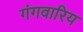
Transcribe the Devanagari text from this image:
गंगवारिय